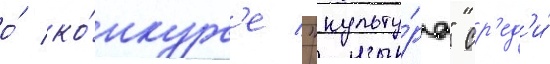
о́ ко́нкурс'е "культу́ра" ср'ед'и́